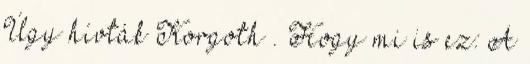
Úgy hívták Korgoth . Hogy mi is ez: A